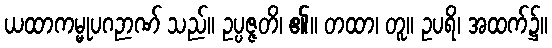
ယထာကမ္မုပဂဉာဏ် သည်။ ဥပ္ပဇ္ဇတိ၊ ၏။ တထာ၊ တူ။ ဥပရိ၊ အထက်၌။